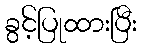
ခွင့်ပြုထားပြီး